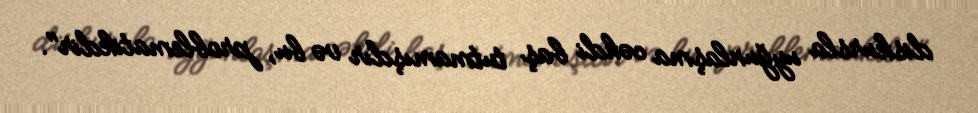
diskursla uyğunlaşma cəhdi baş tutmamışdır və bu, problematikdir".